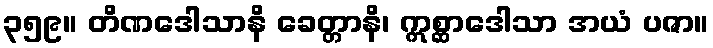
၃၅၉။ တိဏဒေါသာနိ ခေတ္တာနိ၊ ဣစ္ဆာဒေါသာ အယံ ပဇာ။